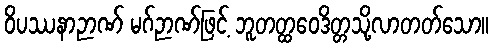
ဝိပဿနာဉာဏ် မဂ်ဉာဏ်ဖြင့် ဘူတတ္ထဝေဒိတ္တသို့လာတတ်သော။